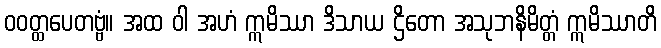
ဝဝတ္ထပေတဗ္ဗံ။ အထ ဝါ အဟံ ဣမိဿာ ဒိသာယ ဌိတော အသုဘနိမိတ္တံ ဣမိဿာတိ